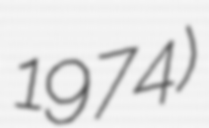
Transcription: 1974)